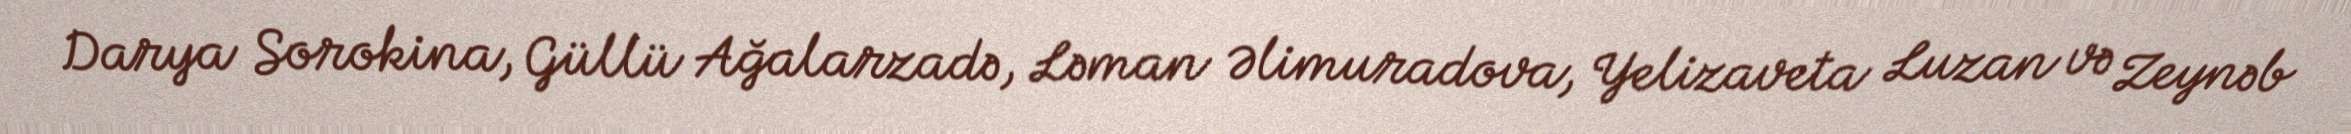
Darya Sorokina, Güllü Ağalarzadə, Ləman Əlimuradova, Yelizaveta Luzan və Zeynəb